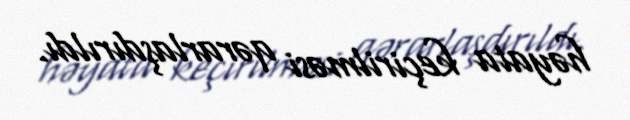
həyata keçirilməsi qərarlaşdırıldı.